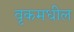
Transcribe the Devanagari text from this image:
वृकमधील